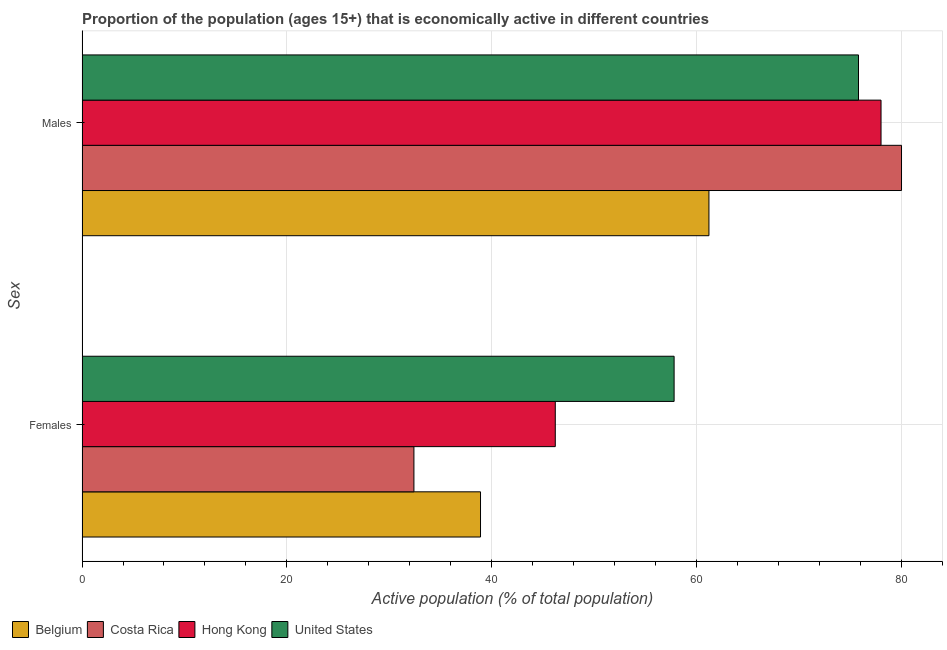
| Sex | Belgium | Costa Rica | Hong Kong | United States |
 | --- | --- | --- | --- | --- |
 | Females | 38.9 | 32.4 | 46.2 | 57.8 |
 | Males | 61.2 | 80 | 78 | 75.8 |